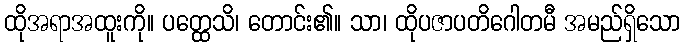
ထိုအရာအထူးကို။ ပတ္ထေသိ၊ တောင်း၏။ သာ၊ ထိုပဇာပတိဂေါတမီ အမည်ရှိသော